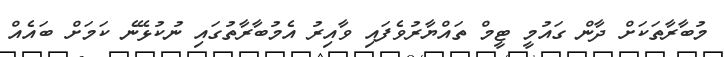
މުބާރާތަކަށް ދާން ގައުމީ ޓީމް ތައްޔާރުވެފައި ވާއިރު އެމުބާރާތުގައި ނުކުޅޭނެ ކަމަށް ބައެއް